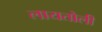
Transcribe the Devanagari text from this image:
लायतोली